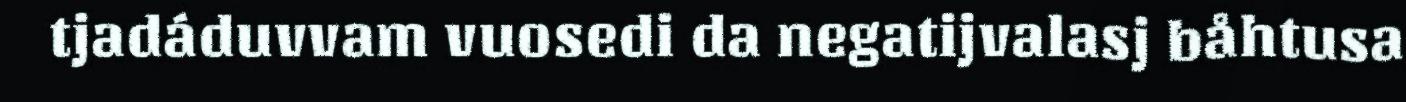
tjadáduvvam vuosedi da negatijvalasj båhtusa